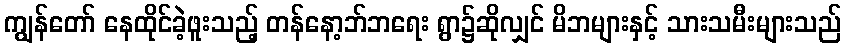
ကျွန်တော် နေထိုင်ခဲ့ဖူးသည့် တန်နော့ဘ်ဘရေး ရွာ၌ဆိုလျှင် မိဘများနှင့် သားသမီးများသည်